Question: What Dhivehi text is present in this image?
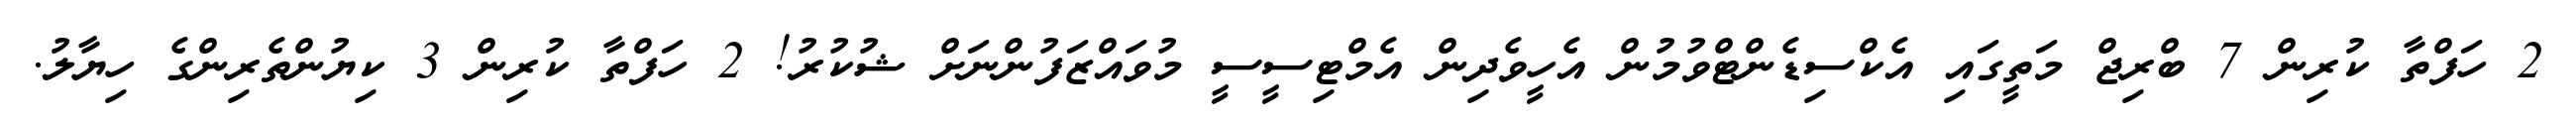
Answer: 2 ހަފްތާ ކުރިން 7 ބްރިޖް މަތީގައި އެކްސިޑެންޓްވުމުން އެހީވެދިން އެމްޓިސީސީ މުވައްޒަފުންނަށް ޝުކުރު! 2 ހަފްތާ ކުރިން 3 ކިޔުންތެރިންގެ ހިޔާލު.